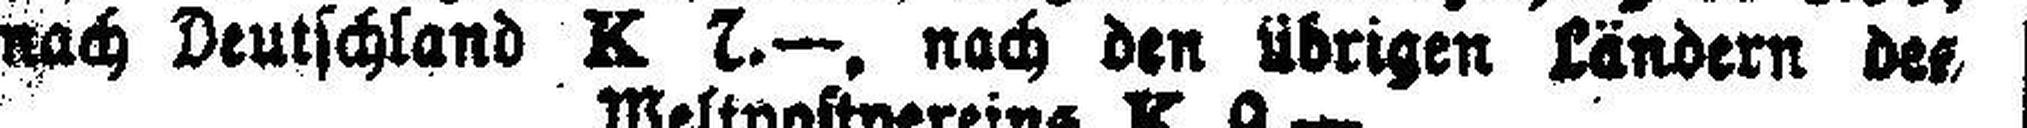
nach Deutschland K 7.—, nach den übrigen Ländern des